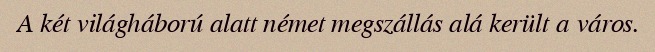
A két világháború alatt német megszállás alá került a város.